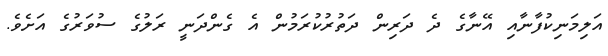
އަލިމަނިކުފާނާއި އޭނާގެ ދެ ދަރިން ދަތުރުކުރަމުން އެ ގެންދަނީ ރަލުގެ ސުވަރުގެ އަށެވެ.